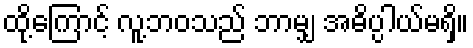
ထို့ကြောင့် လူ့ဘဝသည် ဘာမျှ အဓိပ္ပါယ်မရှိ။